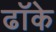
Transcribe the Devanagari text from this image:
ढॉके